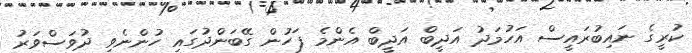
ކުރީގެ ނައިބުރައީސް އަހުމަދު އަދީބް އަދީބް އެންމެ ފަހުން ގޭބަންދުގައި ހުންނެވި ދުވަސްވަރު